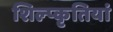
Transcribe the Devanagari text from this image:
शिल्प्कृतियां